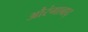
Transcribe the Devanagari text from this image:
औरंगाबाद्